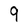
Character: 9